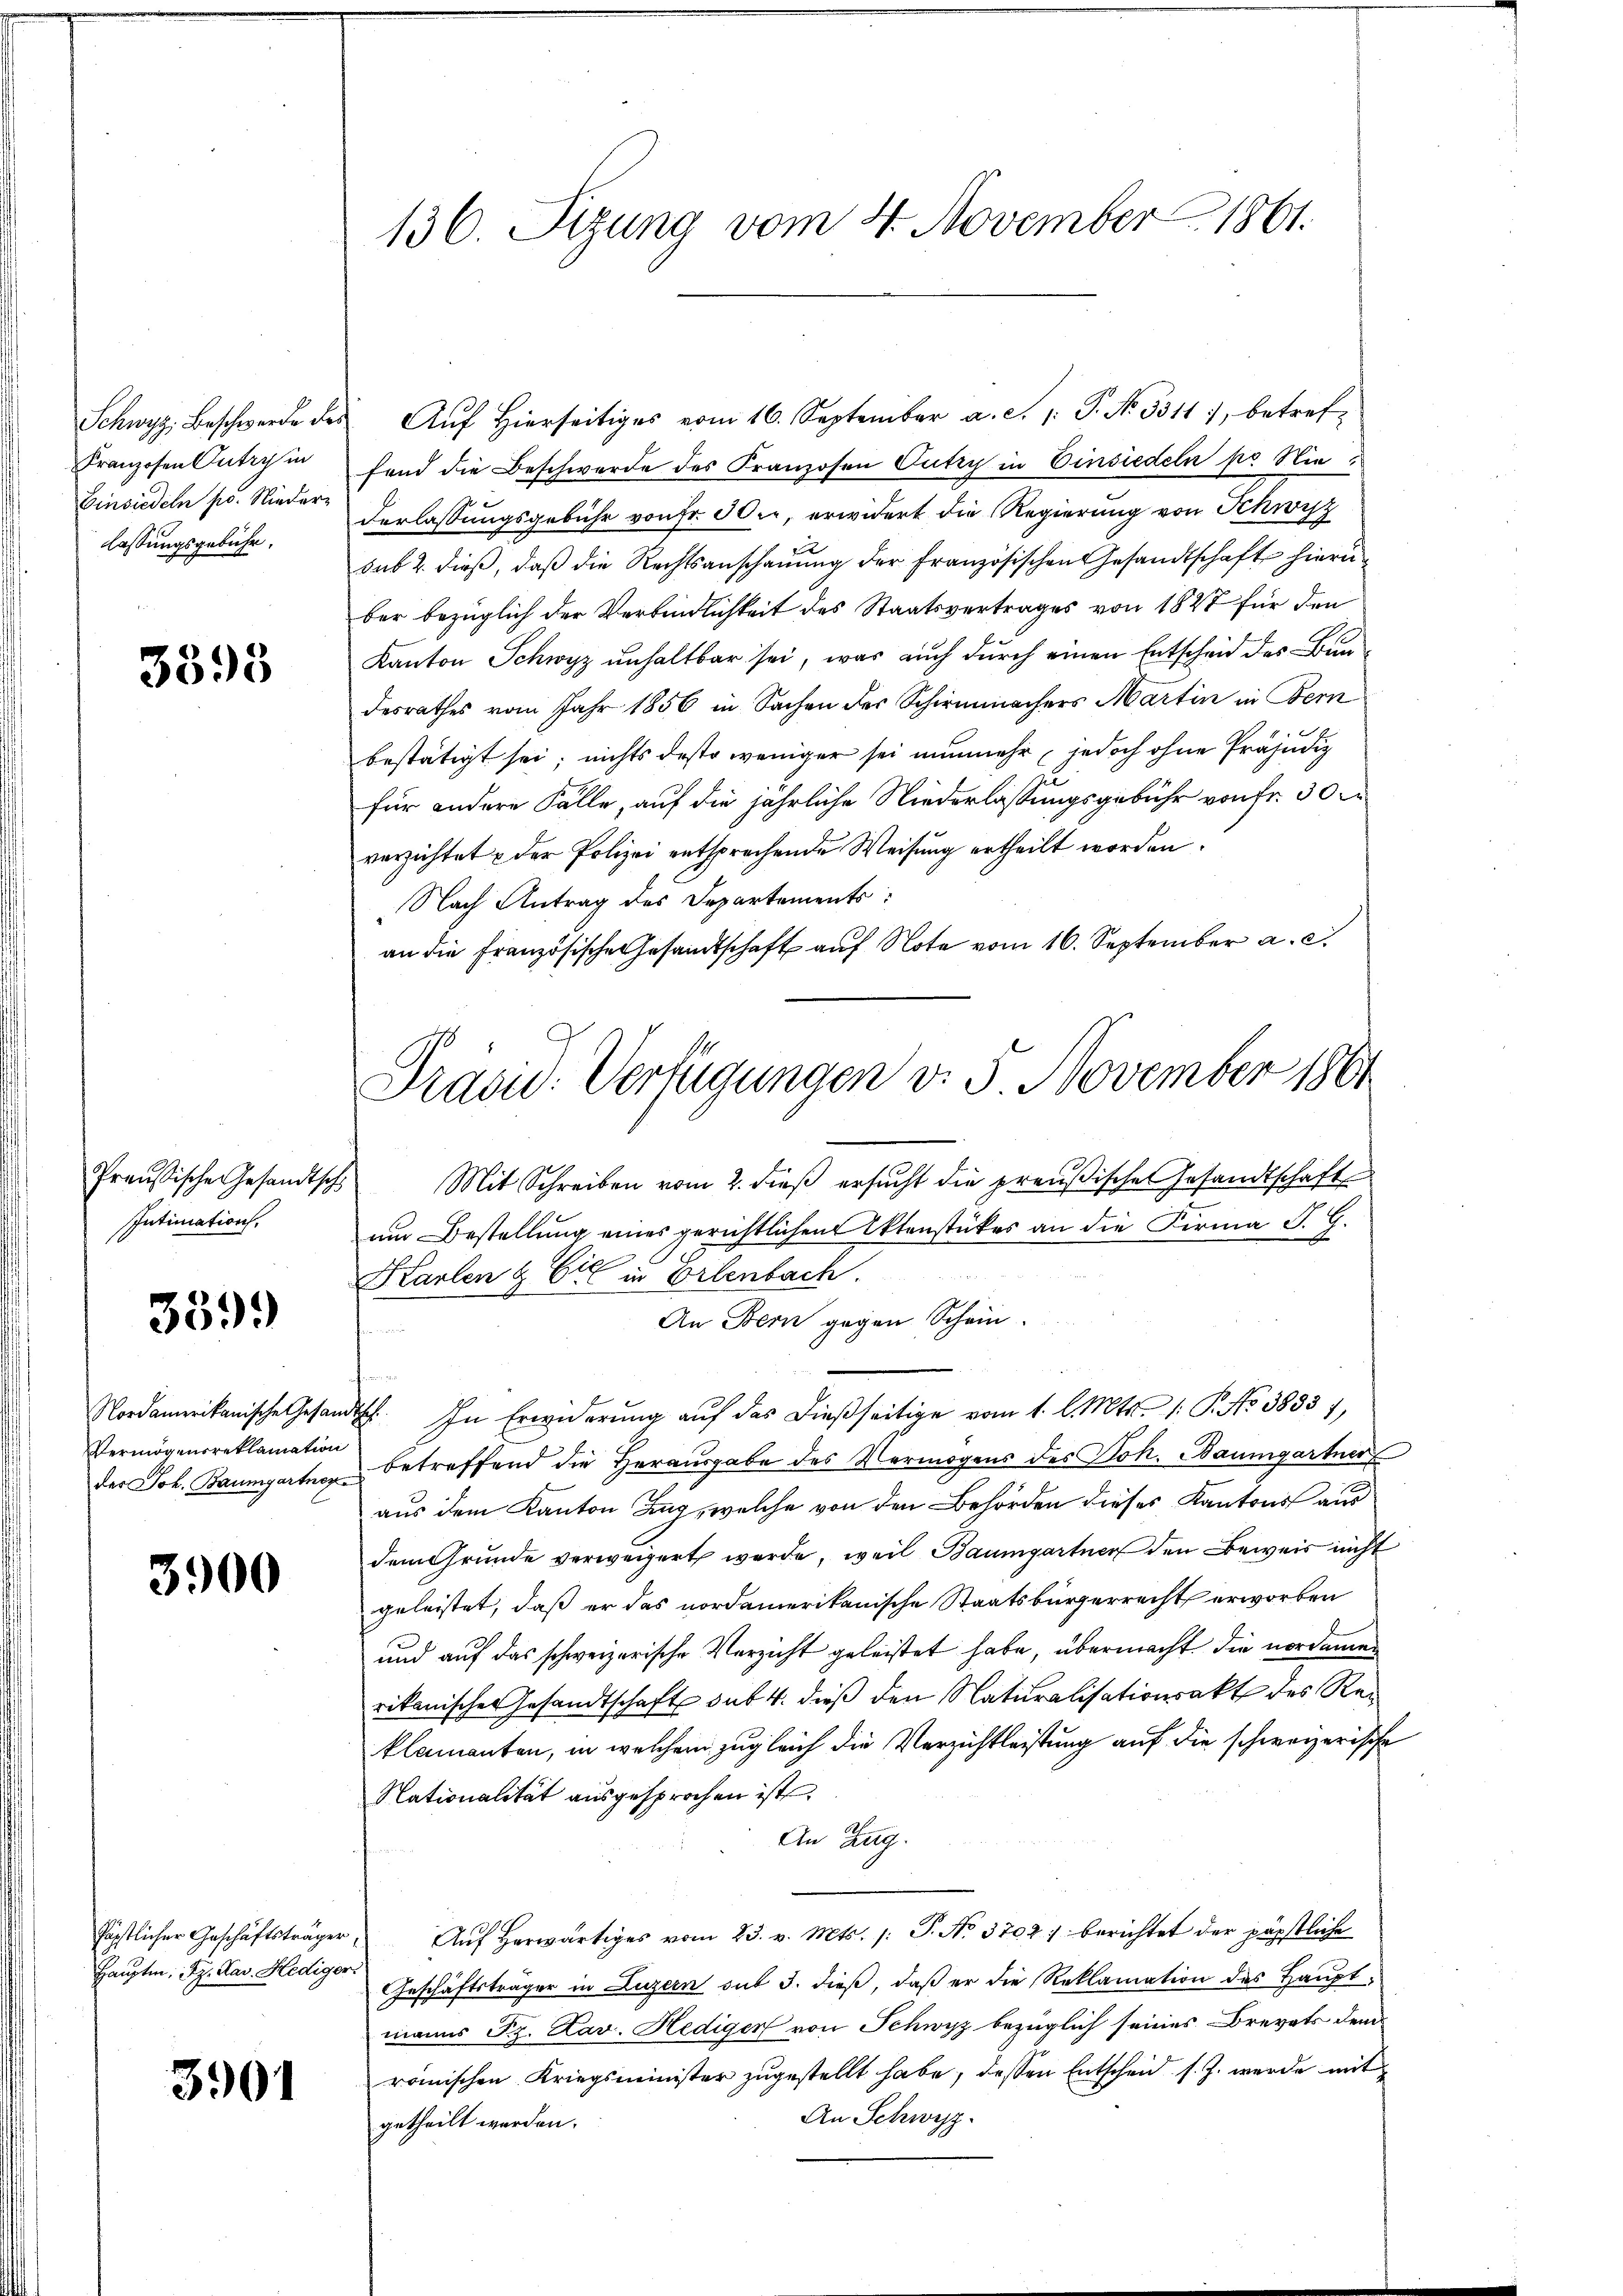
Schwyz. Beschwerde der
Franzosen Outry in
Einsiedeln pr. Niederlassungsgebühr.

3398

Intimation.

339.

Nordamerikanische Gesan
der Joh. Baumgartner

3900

Hauptm. Fr. Kav. Hediger

3901

136. Sizung vom 4. November 1861.

Auf Hierseitiges vom 16. September a. c. 1. P. No. 5311), betref-
fend die Beschwerde des Franzosen Putzy in Einsiedeln pr Niederlassungsgebühr von Fr. Sie, erwidert die Regierung von Schwyz
sub 2. dieß, daß die Rechtsanschauung der französischen Gesandtschaft hierüber bezüglich der Verbindlichkeit des Staatsvertrages von 1847 für den
Kanton Schwyz unhaltbar sei, was auch durch einen Entscheid des Bundesrathes vom Jahr 1856 in Sachen der Schirmmachers Martin in Bern
bestätigt sei; nichts desto weniger sei nunmehr, jedoch ohne Präjudiz
für andere Fälle, auf die jährliche Niederlassungsgebühr von fr. 30
verzichtet u der Polizei entsprechende Weisung ertheilt worden.
Nach Antrag des Departements:
an die französische Gesandtschaft auf Note vom 16. September a. c.
Preußische Gesandtsch. Mit Schreiben vom 2. dieβ ersŭcht die preußische Gesandtschaft
um Bestellung eines gerichtlichen Aktenstückes an die Firma S. G.
Karlen & Cie in Erlenbach.
An Bern gegen Schein.
dasch. In Erwiderung auf das dießseitige vom 1. l. Mts. 1. P. No 38337,
Vermögensreklamation betreffend die Heraŭsgabe des Vermögens des Joh. Baumgartner
aus dem Kanton Zug, welche von den Behörden dieses Kantons aus
dem Grunde verweigert werde, weil Baumgartner den Beweis nicht
geleistet, daß er das nordamerikanische Staatsbürgerrecht erworben
und auf das schweizerische Verzicht geleistet habe, übermacht die nordamen
rikanisches Gesandtschaft sub. 4. dieß den Naturalisationsakt des Reklamanten, in welchem zugleich die Verzichtleistung auf die schweizerische
Nationalität ausgesprochen ist
An Zug.
fäpstlicher Geschäftsträger Aŭf herwärtiges vom 23. v. Mts. /: P. No. 3702) berichtet der päpstliche
Geschäftsträger in Luzern sub 3. dieß, daß er die Reklamation des Hauptmanns Sr. Kav. Hediger von Schwyz bezüglich seines Brevets dem
römischen Kriegsminister zugestellt habe, dessen Entscheid s. Z. werde mit
An Schwyz.
getheilt werden.

Präsie: Verfügungen v. 3. November 1861